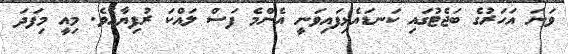
ވަނަ އަހަރުގެ ބަޖެޓުގައި ކަނޑައެޅިފައިވަނީ އެންމެ ފަސް ލައްކަ ރުފިޔާއެވެ. މިއީ މިފަދަ